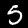
Digit: 5